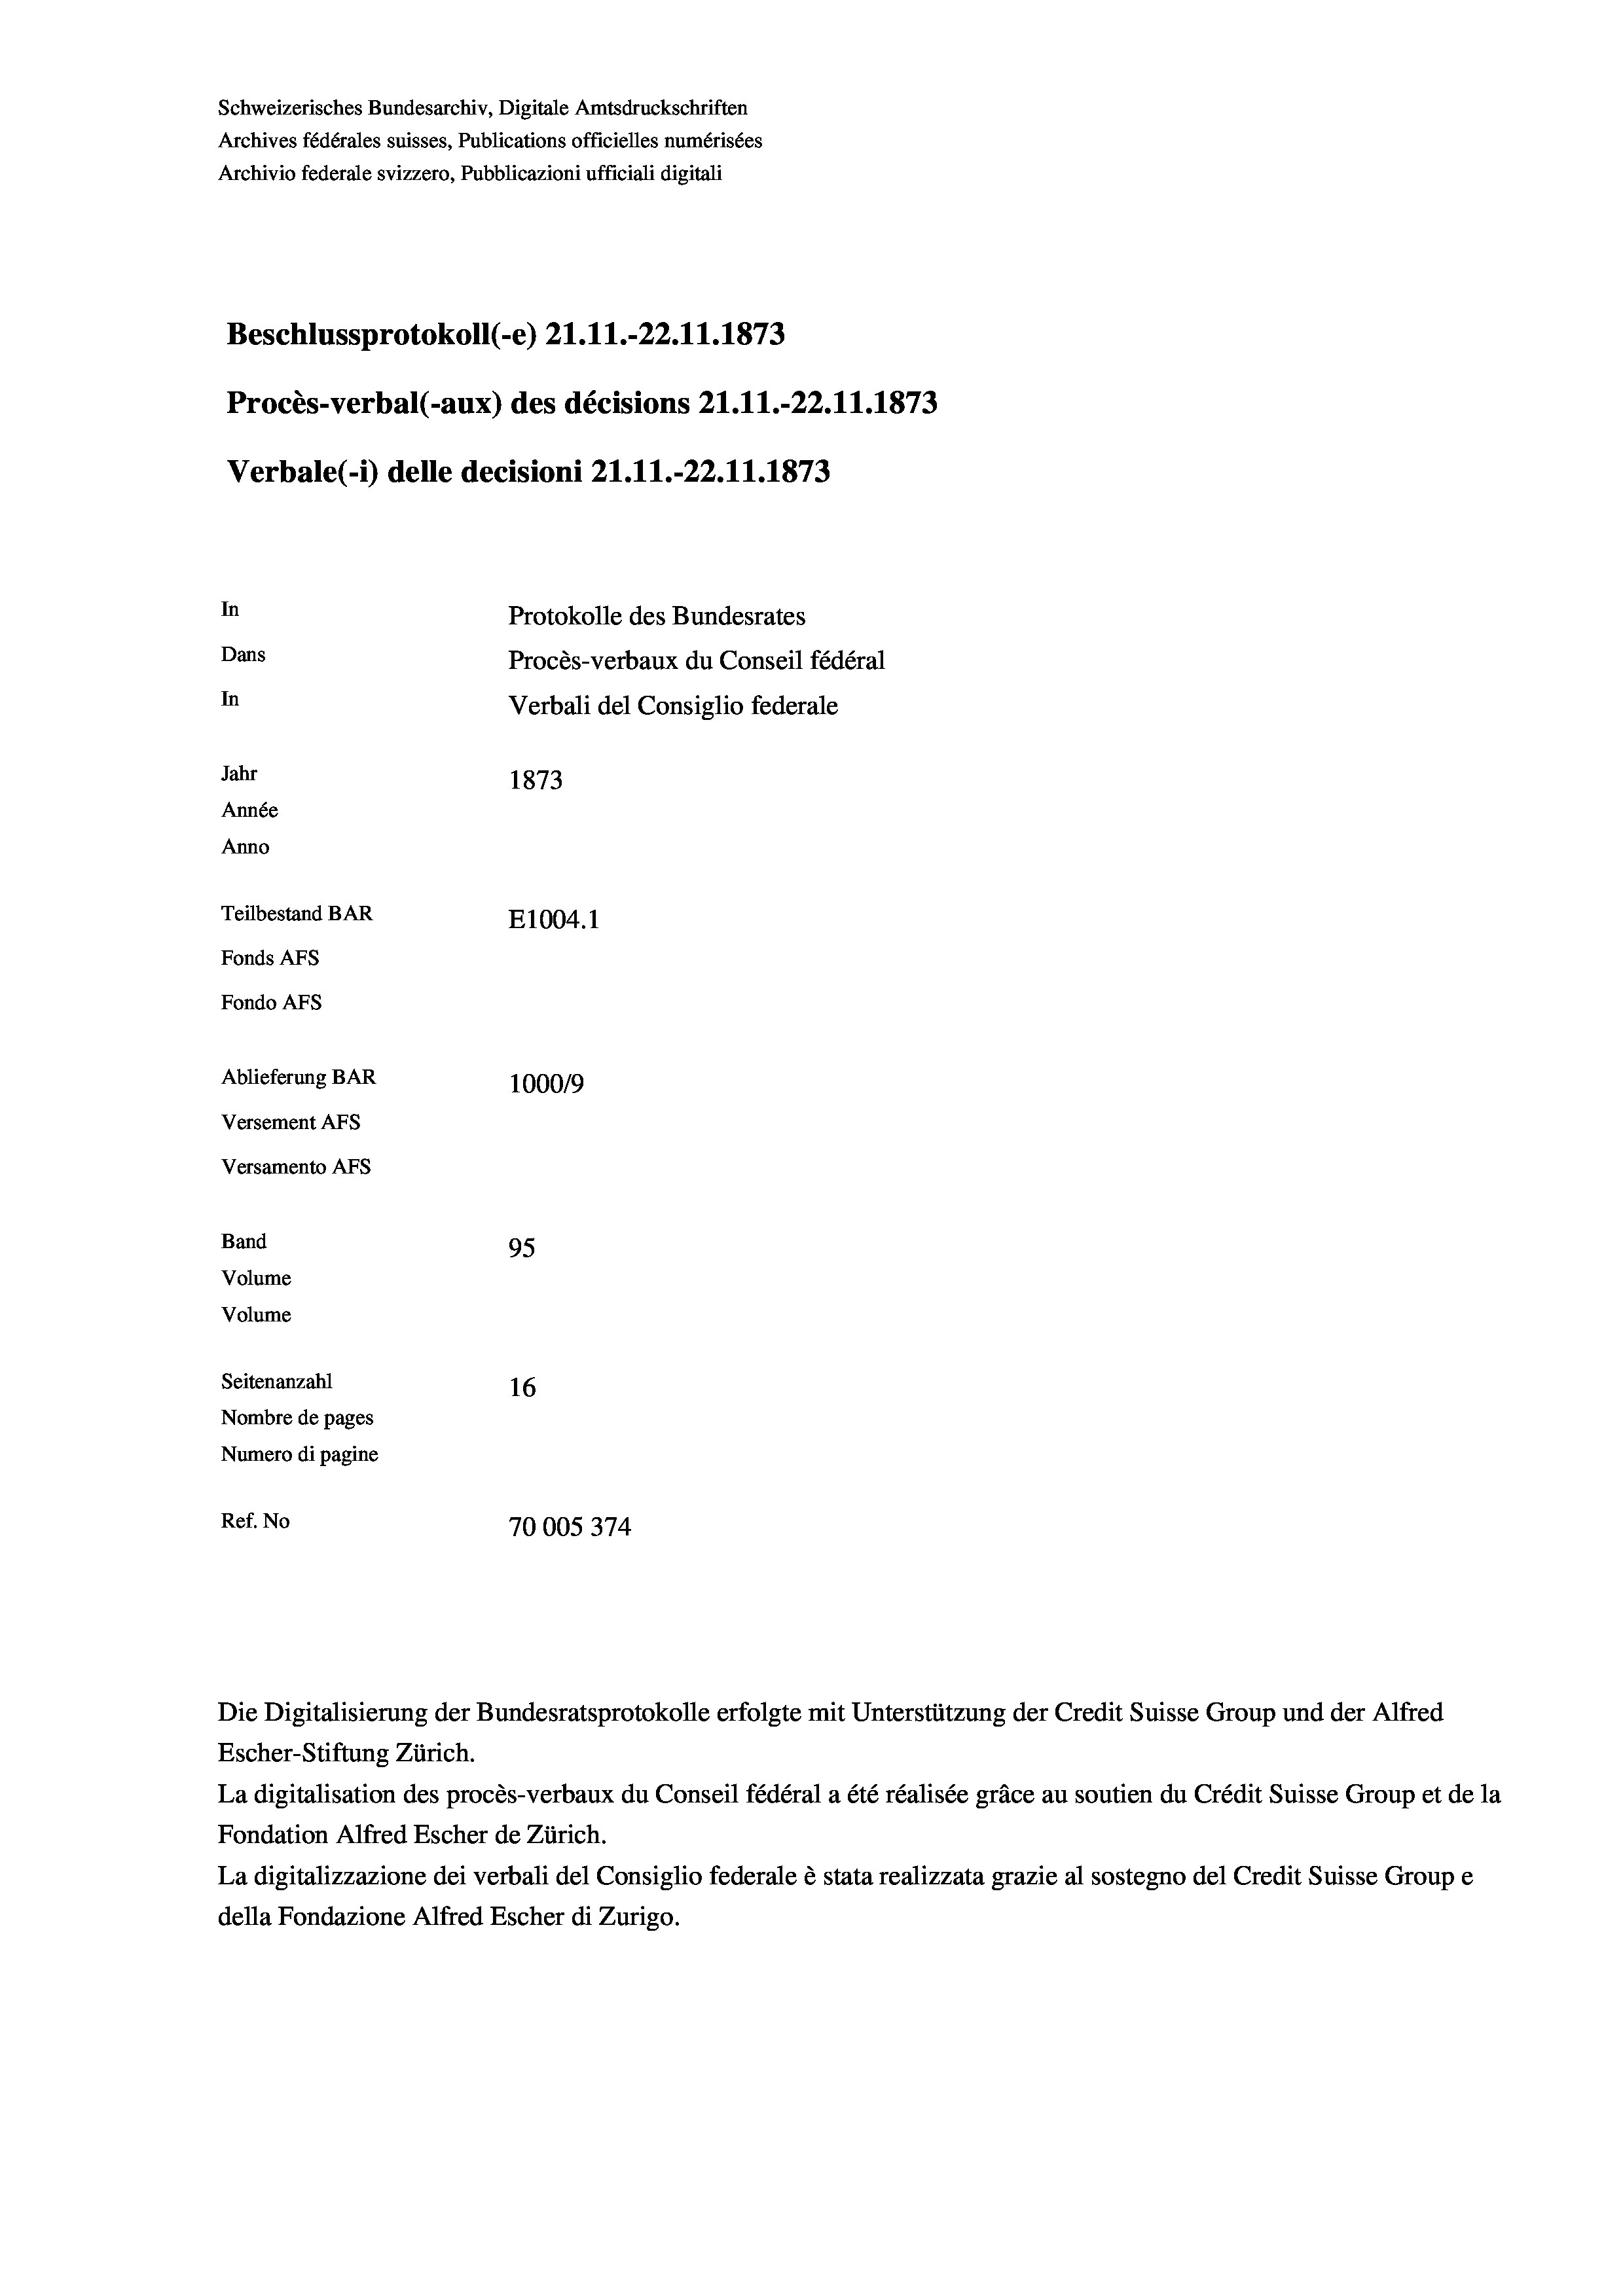
Schweizerisches Bundesarchiv, Digitale Amtsdruckschriften
Archives fédérales suisses, Publications officielles numérisées
Archivio federale svizzero, Pubblicazioni ufficiali digitali
Beschlussprotokoll (-e) 21.11.-22.11.1873
Procès-verbal (-aux) des décisions 21.11.-22.11.1873
Verbale(*) delle decisioni 21.11.-22. 11. 1873
In
Protokolle des Bundesrates
Dans
Procès-verbaux du Conseil fédéral
In
Verbali del Consiglio federale
Jahr
1873
Année
Anno
Teilbestand BAR
E1004.1
Fonds AFs
Fondo AFs
Ablieferung BAR
100019
Versement AFs
Versamento Afs
Band
95
Volume
Volume
Seitenanzahl
16
Nombre de pages
Numero di pagine
Ref. No
70005374

Escher-Stiftung Zürich.
La digitalisation des procès-verbaux du Conseil fédéral a été réalisée gräce au soutien du Crédit Suisse Group et de la
Fondation Alfred Escher de Zürich.
La digitalizzazione dei verbali del Consiglio federale è stata realizzata grazie al sostegno del Credit Suisse Groupe
della Fondazione Alfred Escher di Zurigo.

Die Digitalisierung der Bundesratsprotokolle erfolgte mit Unterstützung der Credit Suisse Group und der Alfred